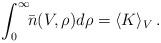
LaTeX: \begin{align*}\int_0^{\infty}\!\!\bar{n}(V,\rho) d\rho = \langle K \rangle_{V} \,.\end{align*}